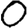
Digit: 0